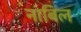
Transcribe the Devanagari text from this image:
नाबिल